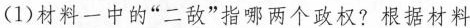
(1)材料一中的”二敌”指哪两个政权?根据材料